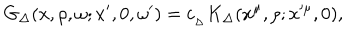
{ G _ { \Delta } ( x , \rho , \omega ; x ^ { \prime } , 0 , \omega ^ { \prime } ) = c _ { _ { \Delta } } K _ { \Delta } ( x ^ { \mu } , \rho ; x ^ { \mu } , 0 ) , }